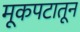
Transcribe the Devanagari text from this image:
मूकपटातून